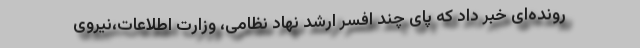
رونده‌ای خبر داد که پای چند افسر ارشد نهاد نظامی، وزارت اطلاعات،نیروی